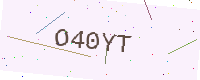
Text: O40YT